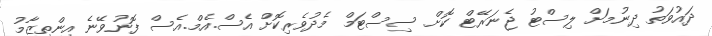
ދައުވަތު ދިނުމަށް ލިސްޓު ޖެނަރޭޓް ކޮށް ސިސްޓަމް މެދުވެރިކޮށް އެސް.އެމް.އެސް ފޮނުވޭނެ އިންތިޒާމު